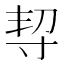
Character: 𡬨